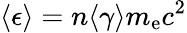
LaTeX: \langle\epsilon\rangle=n\langle\gamma\rangle m_{\mathrm{e}}c^{2}